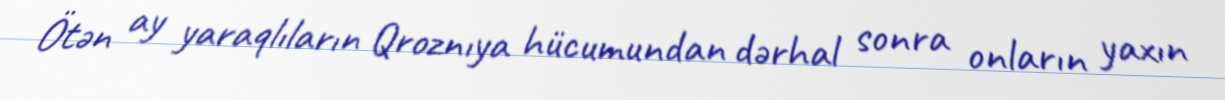
Ötən ay yaraqlıların Qroznıya hücumundan dərhal sonra onların yaxın